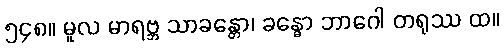
၅၄၈။ မူလ မာရဗ္ဘ သာခန္တော၊ ခန္ဓော ဘာဂေါ တရုဿ ထ။